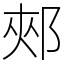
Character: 郟